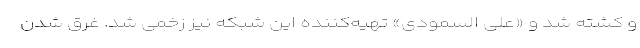
و کشته شد و «علی السمودی» تهیه‌کننده این شبکه نیز زخمی شد. غرق شدن